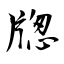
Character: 牎